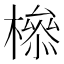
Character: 𣚈